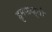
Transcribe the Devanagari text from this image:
हृमफक्षी